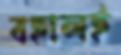
বহালই